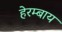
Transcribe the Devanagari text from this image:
हेरम्बाय